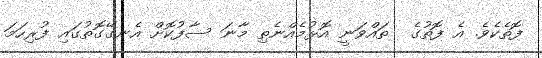
ފޮތެކެވެ. އެ ފޮތުގެ  ތައްވަނީ އޮޅުމެއްނެތި މާނަ ސާފުކޮށް އެނގޭގޮތުގައި ފުރިހަމަ